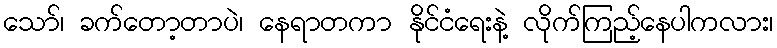
သော်၊ ခက်တော့တာပဲ၊ နေရာတကာ နိုင်ငံရေးနဲ့ လိုက်ကြည့်နေပါကလား၊